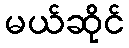
မယ်ဆိုင်